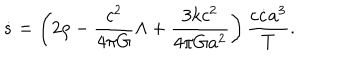
LaTeX: \dot { s } = \left( 2 \rho - { \frac { c ^ { 2 } } { 4 \pi G } } \Lambda + { \frac { 3 k c ^ { 2 } } { 4 \pi G a ^ { 2 } } } \right) { \frac { c \dot { c } a ^ { 3 } } { T } } .